Civil Veterinary Dept. Bombay admin report 1900-1906 - 1900-1906
Year: 1900
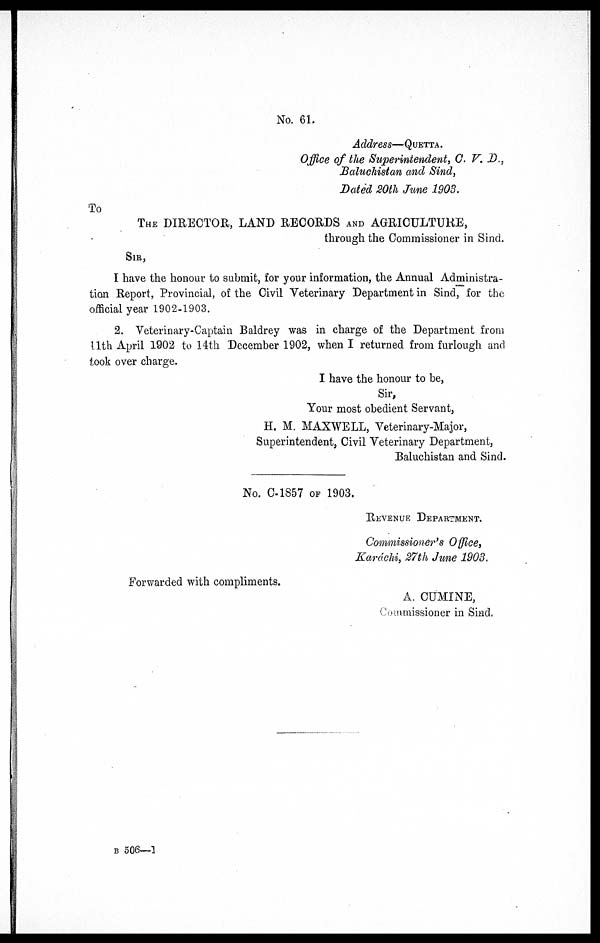
No. 61.
Address—QUETTA.
Office of the Superintendent, C. V. D.,
Baluchistan and Sind,
Dated 20th June 1903.
To
THE DIRECTOR, LAND RECORDS AND AGRICULTURE,
through the Commissioner in Sind.
SIR,
I have the honour to submit, for your information, the Annual Administra-
tion Report, Provincial, of the Civil Veterinary Department in Sind, for the
official year 1902-1903.
2. Veterinary-Captain Baldrey was in charge of the Department from
11th April 1902 to 14th December 1902, when I returned from furlough and
took over charge.
I have the honour to be,
Sir,
Your most obedient Servant,
H. M. MAXWELL, Veterinary-Major,
Superintendent, Civil Veterinary Department,
Baluchistan and Sind.
No. 0-1857 OF 1903.
REVENUE DEPARTMENT.
Commissioner's Office,
Karachi, 27th June 1903.
Forwarded with compliments.
A. CUMINE,
Commissioner in Sind,
B 506—1